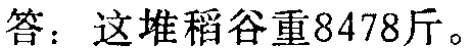
答：这堆稻谷重8478斤。